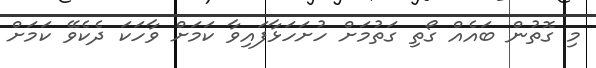
މި ގޮތުން ބައެއް ގޯތި ގަތުމަށް ހުށަހަޅާފައިވާ ކަމަށް ވާހަކަ ދެކެވޭ ކަމަށް